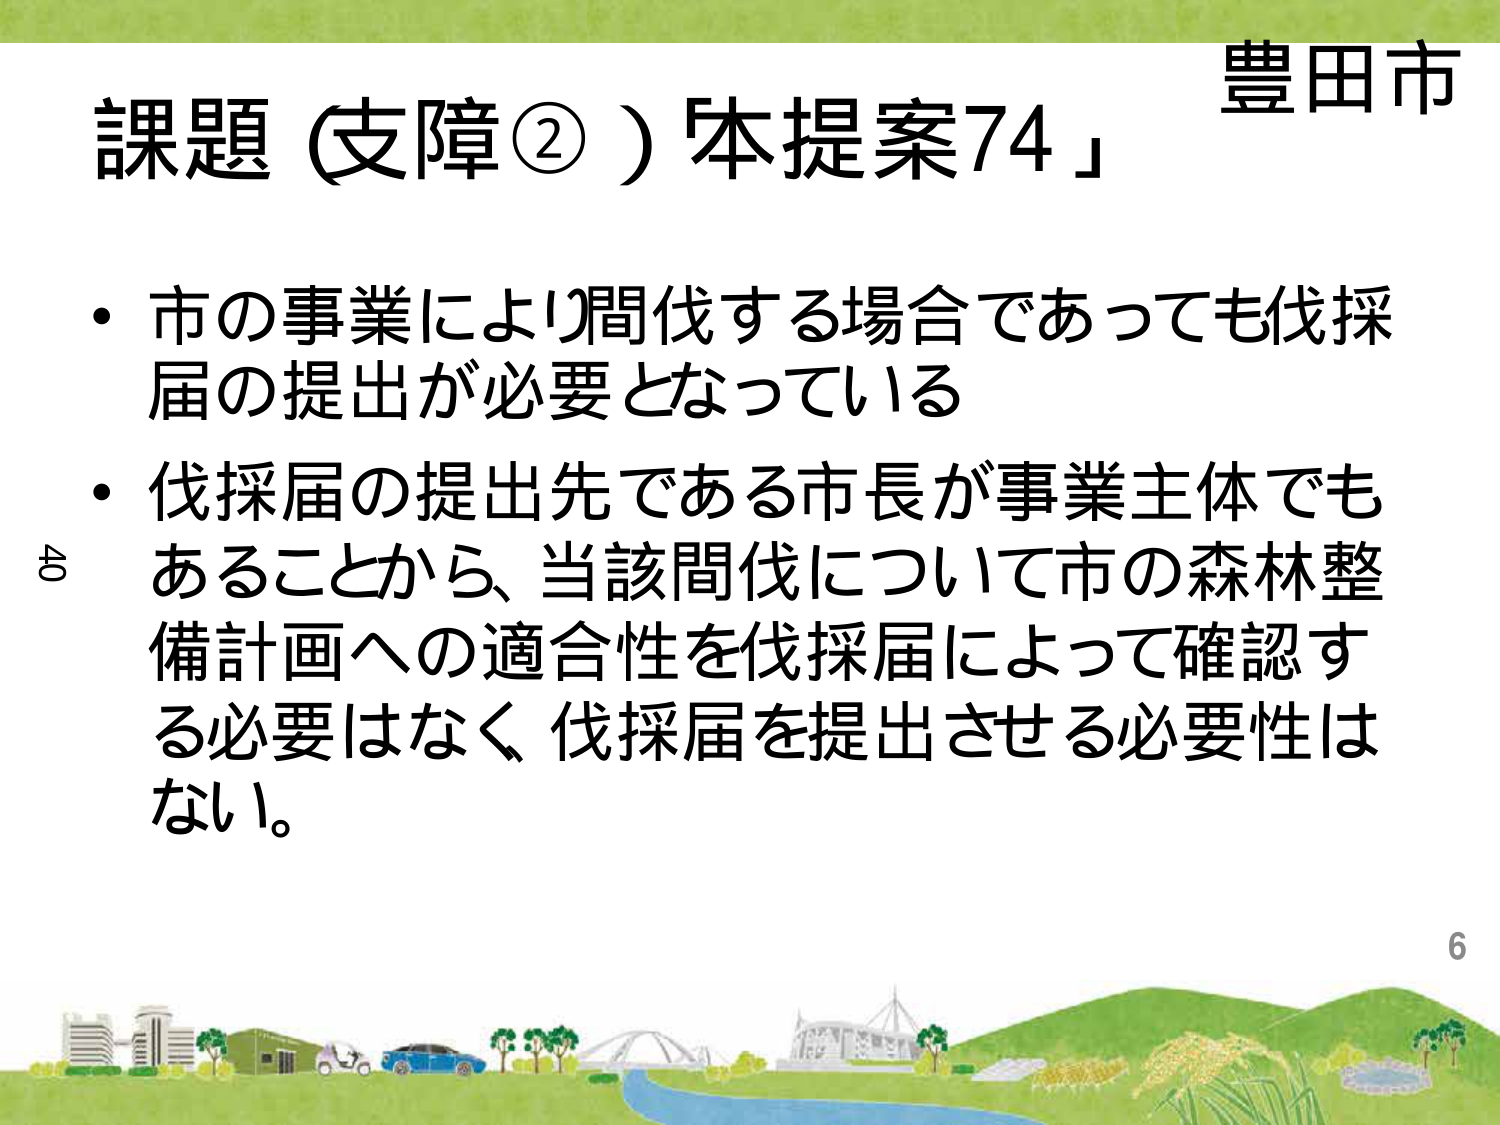
豊田市
課題（支障②）「本提案74」
・市の事業により間伐する場合であっても伐採届の提出が必要となっている
・伐採届の提出先である市長が事業主体でもあることから、当該間伐について市の森林整備計画への適合性を伐採届によって確認する必要はなく、伐採届を提出させる必要性はない。
40
6